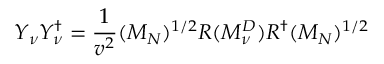
Y _ { \nu } Y _ { \nu } ^ { \dagger } = \frac { 1 } { v ^ { 2 } } ( M _ { N } ) ^ { 1 / 2 } R ( { \cal M } _ { \nu } ^ { D } ) R ^ { \dagger } ( M _ { N } ) ^ { 1 / 2 }